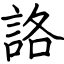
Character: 詻